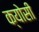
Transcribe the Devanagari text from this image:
क्योसी